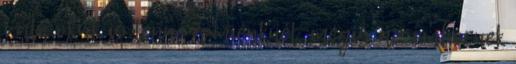
való okuk is lenne a miénknél, mégis az embernek